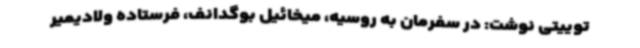
توییتی نوشت: در سفرمان به روسیه، میخائیل بوگدانف، فرستاده ولادیمیر